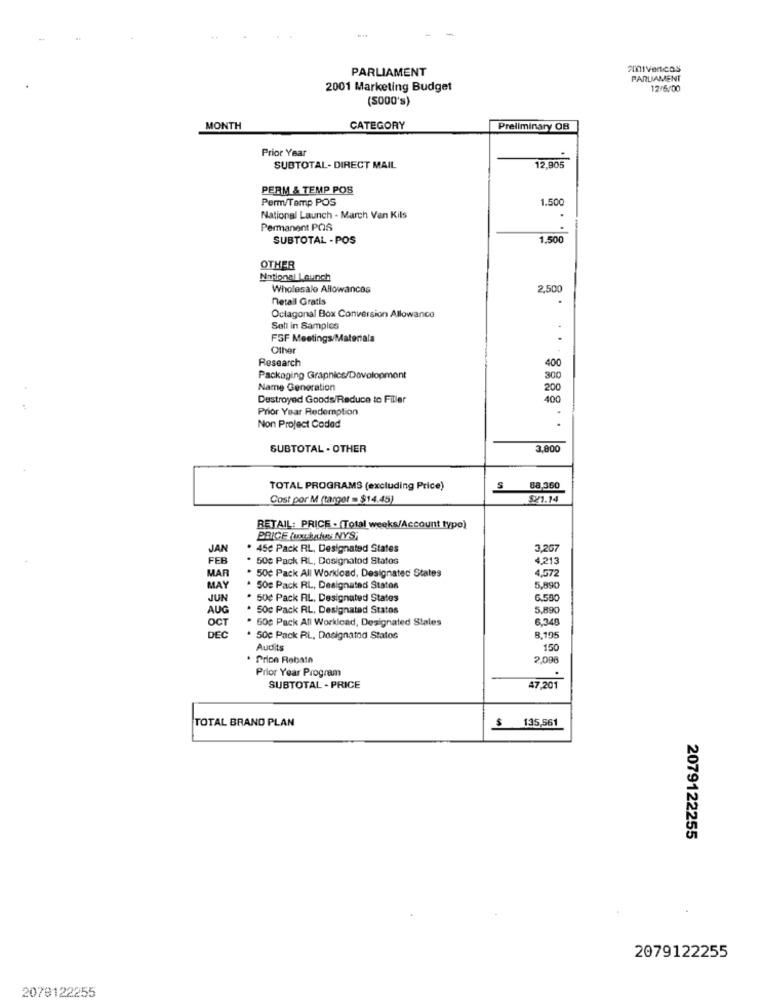
PARLIAMENT
PARLIAMENT
2001 Marketing Budget
12/5/00
(SOOO's)
MONTH
CATEGORY
Preliminary OB
Prior Year
SUBTOTAL- DIRECT MAIL
12,905
PERM & TEMP POS
Perm/Temp POS
1.500
National Launch - March Van Kils
Permanent POS
SUBTOTAL - POS
1.500
OTHER
National Launch
Wholesale Allowances
2,500
Detall Gratis
Octagonal Box Conversion Allowance
Sell in Samples
FSF Meetings/Materiala
.
Other
Research
400
Packaging Graphics/Dovolopmont
300
Name Generation
200
Destroyed Goods/Reduce to Filler
400
Prior Year Redemption
Non Project Coded
SUBTOTAL - OTHER
3,800
TOTAL PROGRAMS (excluding Price)
S
88.360
Cost por M (target = $14.45)
521.14
RETAIL: PRICE . (Total weeks/Account type)
PRICE fuxbahen NYS.
JAN
45℃ Pack RL, Designated States
FEB
. 500 Pack RL, Dosignatod States
4,213
MAR
. 50€ Pack All Workload, Designated States
4,572
MAY
. 50g Pack RL, Designated States
5,890
JUN
. 50€ Pack RL, Designated States
6.580
AUG
50c Pack RL, Designated States
5,890
OCT
. 50g Pack All Workload, Designated Stales
6,348
DEC
. 500 Pack RL, Designated Statos
8,195
Audits
150
. Price Rebate
2,098
Prior Year Program
.
SUBTOTAL - PRICE
47.201
TOTAL BRAND PLAN
$ 135,561
2079122255
2079122255
2079122255